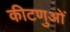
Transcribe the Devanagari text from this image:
कीटणुओं